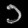
Digit: ၁